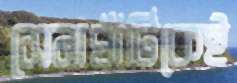
সেনাঘাঁটিকেই